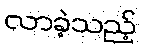
လာခဲ့သည့်